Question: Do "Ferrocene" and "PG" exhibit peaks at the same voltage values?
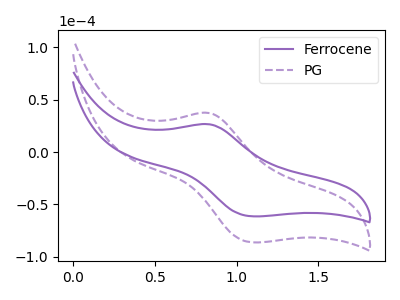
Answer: <think>The purple curve "Ferrocene" has an anodic peak at (0.85V, 26.60uA) and a cathodic peak at (1.10V, -61.35uA). The purple dashed curve "PG" has an anodic peak at (0.85V, 37.35uA) and a cathodic peak at (1.10V, -86.20uA).</think>
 <answer>Yes, "Ferrocene" have a peak in "PG" at the same potential.</answer>
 <eval>match</eval>